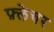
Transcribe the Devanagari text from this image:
फ़्लेचर